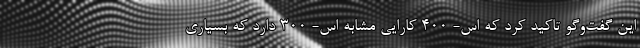
این گفت‌وگو تاکید کرد که اس- ۴۰۰ کارایی مشابه اس- ۳۰۰ دارد که بسیاری